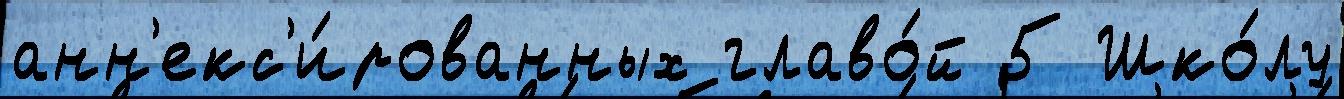
анн'екс'и́рованных главо́й 5 Шко́лу